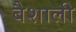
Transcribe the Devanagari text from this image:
बैशाली